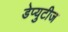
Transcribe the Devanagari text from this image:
डेप्युटीज